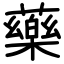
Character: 藥